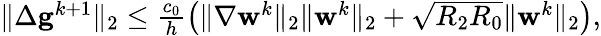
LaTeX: \begin{array}{r}{\| \Delta\mathbf{g}^{k+1}\| _{2}\leq\frac{c_{0}}{h}\left(\| \nabla\mathbf{w}^{k}\| _{2}\| \mathbf{w}^{k}\| _{2}+\sqrt{R_{2}R_{0}}\| \mathbf{w}^{k}\| _{2}\right),}\end{array}